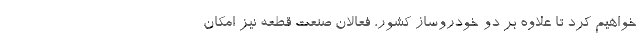
خواهیم کرد تا علاوه بر دو خودروساز کشور، فعالان صنعت قطعه نیز امکان